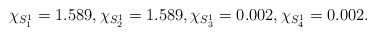
\begin{align*}\chi_{S^1_1} = 1.589, \chi_{S^1_2} = 1.589, \chi_{S^1_3}= 0.002, \chi_{S^1_4} = 0.002.\end{align*}